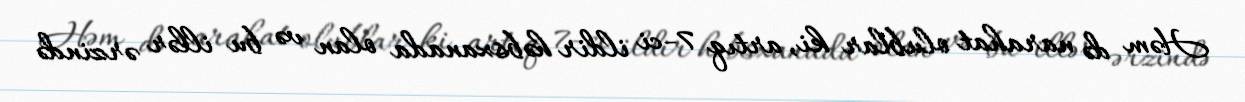
Həm də narahat olublar ki, artıq 7-ci ildir həbsxanada olan və bu illər ərzində